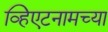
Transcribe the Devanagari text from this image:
व्हिएटनामच्या